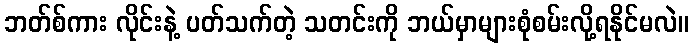
ဘတ်စ်ကား လိုင်းနဲ့ ပတ်သက်တဲ့ သတင်းကို ဘယ်မှာများစုံစမ်းလို့ရနိုင်မလဲ။